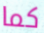
كما